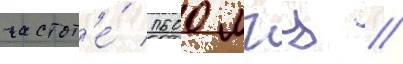
частот'е́ 1600 мгц //